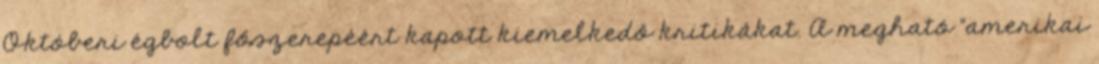
Októberi égbolt főszerepéért kapott kiemelkedő kritikákat. A megható "amerikai